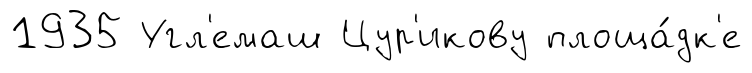
1935 Угл'емаш Цур'икову площа́дк'е